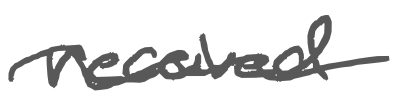
Text: received
Cross-out: wave
Writing tool: digital_gray